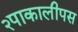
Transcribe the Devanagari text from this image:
२पाकालीपस